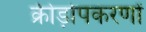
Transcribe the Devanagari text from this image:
क्रीड़ोपकरणों